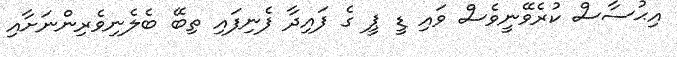
އިޙުސާސް ކުރެވޭނީވެސް ވައި ޑީ ޕީ ގެ ފައިދާ ފެނިފައި ތިބޭ ބެލެނިވެރިންނަށާއި